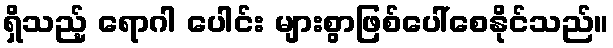
ရှိသည့် ရောဂါ ပေါင်း များစွာဖြစ်ပေါ်စေနိုင်သည်။